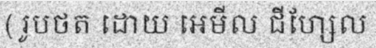
( រូបថត ដោយ អេមីល ជីហ្សែល